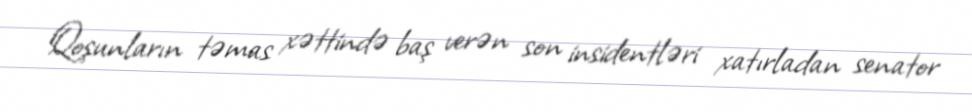
Qoşunların təmas xəttində baş verən son insidentləri xatırladan senator